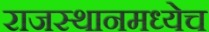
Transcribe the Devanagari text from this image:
राजस्थानमध्येच